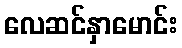
လေဆင်နှာမောင်း